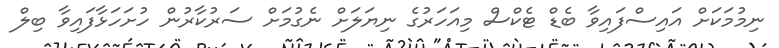
ނިމުމަކަށް އައިސްފައިވާ ބެޑް ޓެކްސް މިއަހަރުގެ ނިޔަލަށް ނެގުމަށް ސަރުކާރުން ހުށަހަޅާފައިވާ ބިލް